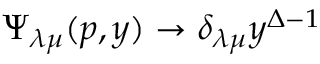
\Psi _ { \lambda \mu } ( p , y ) \rightarrow \delta _ { \lambda \mu } y ^ { \Delta - 1 }